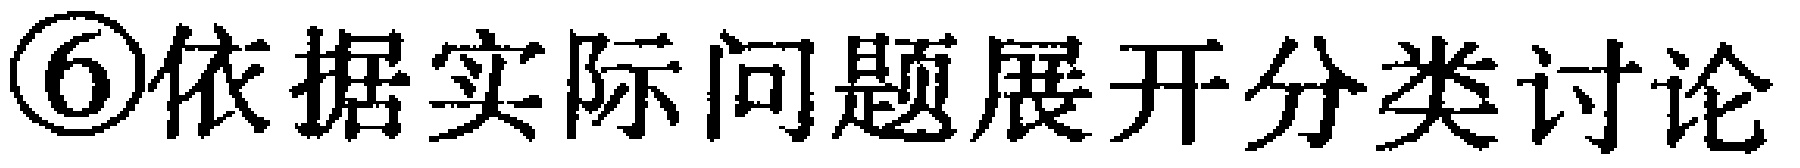
\textcircled{6}依据实际问题展开分类讨论